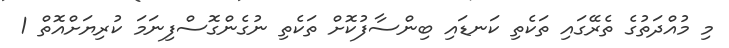
މި މުއްދަތުގެ ތެރޭގައި ތަކެތި ކަނޑައި ބިންސާފުކޮށް ތަކެތި ނުގެންގޮސްފިނަމަ ކުރިޔަށްއޮތް 1